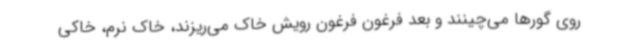
روی گورها می‌چینند و بعد فرغون فرغون رویش خاک می‌ریزند، خاک نرم، خاکی